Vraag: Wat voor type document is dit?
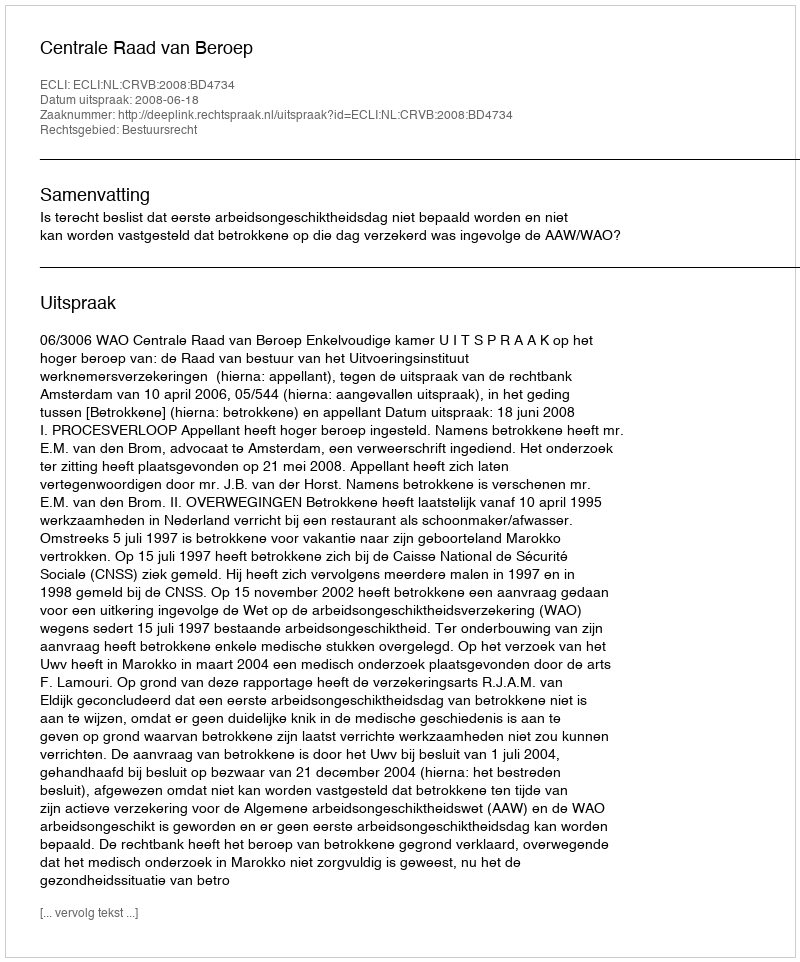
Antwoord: Uitspraak